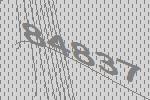
84837